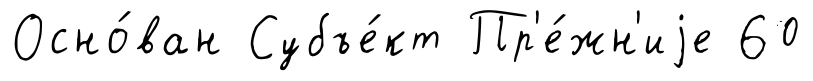
Осно́ван Субъе́кт Пр'е́жн'иjе 60